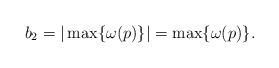
LaTeX: \begin{align*}b_2=|\max\{\omega(p)\}|=\max\{\omega(p)\}.\end{align*}